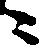
ニ